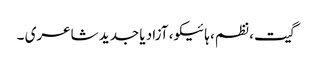
گیت، نظم، ہائیکو، آزاد یا جدید شاعری ۔